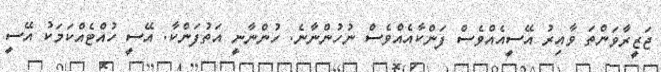
ޖަޒީރާވަންތަ ވާއިރު އޭސީއެއްވެސް ފަންކާއެއްވެސް ނުހުންނާނެ. ހުންނާނީ އަތުފަންކާ. އޭސީ ހުއްޓެއްކަމަކު އޭސީ